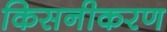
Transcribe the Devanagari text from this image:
किसनीकरण